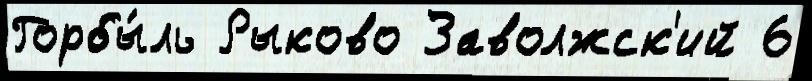
Горбы́ль Рыково Заволжск'ий 6